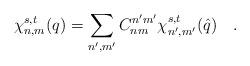
LaTeX: \begin{align*}\chi _{n,m}^{s,t}(q)=\sum\limits_{n^{\prime },m^{\prime }}C_{nm}^{n^{\prime}m^{\prime }}\chi _{n^{\prime },m^{\prime }}^{s,t}(\hat{q})\quad .\end{align*}